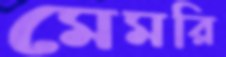
মেমরি